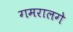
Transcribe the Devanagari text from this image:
गमरालगे